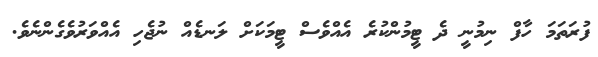
ފުރަތަމަ ހާފް ނިމުނީ ދެ ޓީމުންކުރެ އެއްވެސް ޓީމަކަށް ލަނޑެއް ނުޖެހި އެއްވަރުވެގެންނެވެ.